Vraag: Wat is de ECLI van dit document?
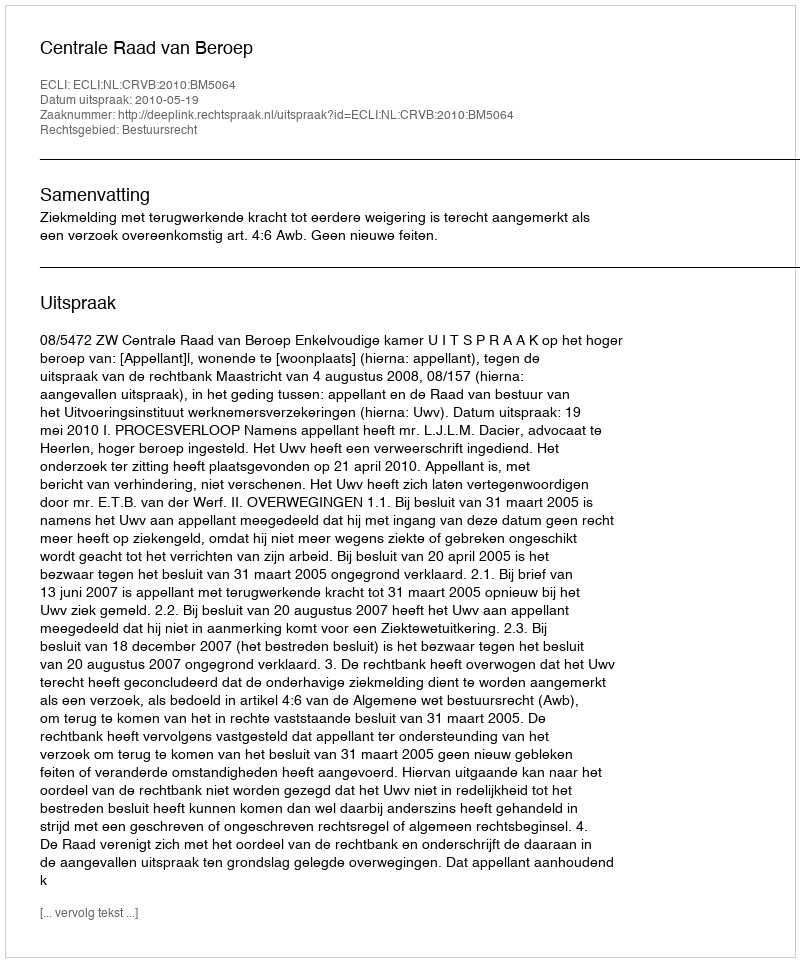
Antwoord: ECLI:NL:CRVB:2010:BM5064